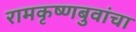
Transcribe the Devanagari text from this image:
रामकृष्णबुवांचा